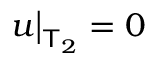
u \bigr \rvert _ { \mathsf T _ { 2 } } = 0